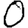
Digit: 0